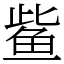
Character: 𫚖